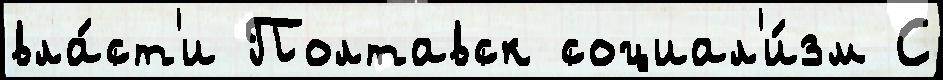
вла́ст'и Полтавск социал'и́зм С